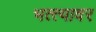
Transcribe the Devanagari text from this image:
भत्त्यावर